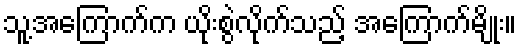
သူ့အကြောက်က ယိုးစွဲလိုက်သည့် အကြောက်မျိုး။